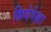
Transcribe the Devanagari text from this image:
क्रियेपेक्षा